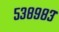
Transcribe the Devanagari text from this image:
५३८९८३